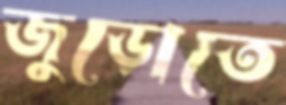
জুড়োতে